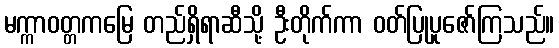
မက္ကာဝတ္တကမြေ တည်ရှိရာဆီသို့ ဦးတိုက်ကာ ဝတ်ပြုပူဇော်ကြသည်။